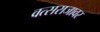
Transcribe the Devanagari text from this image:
वत्सराजावर